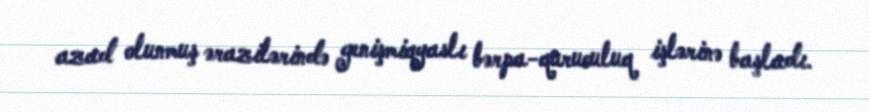
azad olunmuş ərazilərində genişmiqyaslı bərpa-quruculuq işlərinə başladı.